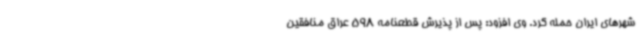
شهرهای ایران حمله کرد. وی افزود: پس از پذیرش قطعنامه 598 عراق منافقین